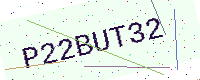
Text: P22BUT32